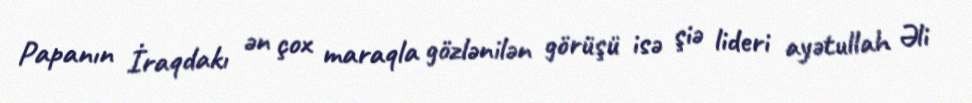
Papanın İraqdakı ən çox maraqla gözlənilən görüşü isə şiə lideri ayətullah Əli